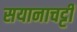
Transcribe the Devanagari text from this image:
सयानाचट्टी